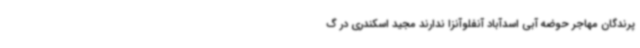
پرندگان مهاجر حوضه آبی اسدآباد آنفلوآنزا ندارند مجید اسکندری در گ